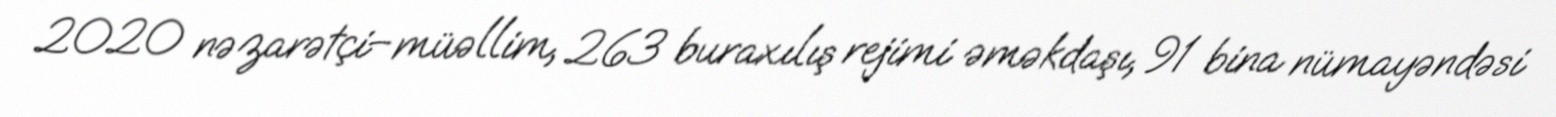
2020 nəzarətçi–müəllim, 263 buraxılış rejimi əməkdaşı, 91 bina nümayəndəsi